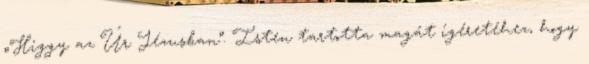
„Higgy az Úr Jézusban”. Isten tartotta magát ígéretéhez, hogy